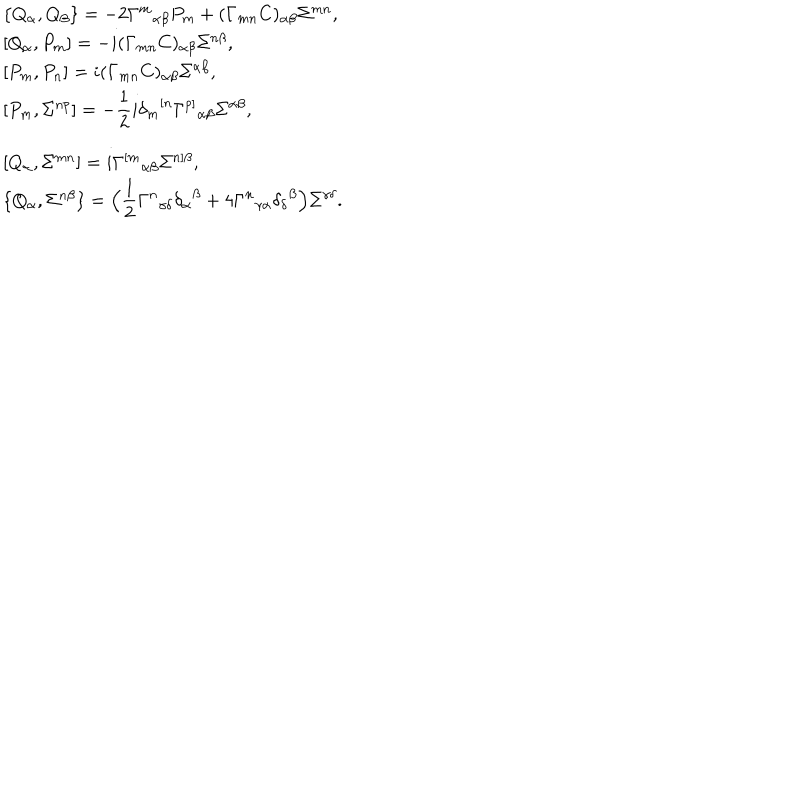
\begin{array} { l } { { \{ Q _ { \alpha } , Q _ { \beta } \} = - 2 { \Gamma ^ { m } } _ { \alpha \beta } P _ { m } + ( \Gamma _ { m n } C ) _ { \alpha \beta } \Sigma ^ { m n } , } } \\ { { { } [ Q _ { \alpha } , P _ { m } ] = - i ( \Gamma _ { m n } C ) _ { \alpha \beta } \Sigma ^ { n \beta } , } } \\ { { { } [ P _ { m } , P _ { n } ] = i ( \Gamma _ { m n } C ) _ { \alpha \beta } \Sigma ^ { \alpha \beta } , } } \\ { { { } [ P _ { m } , \Sigma ^ { n p } ] = - \displaystyle \frac 1 2 i { \delta _ { m } } ^ { [ n } \Gamma ^ { p ] } { } _ { \alpha \beta } \Sigma ^ { \alpha \beta } , } } \\ { { { } [ Q _ { \alpha } , \Sigma ^ { m n } ] = i \Gamma ^ { [ m } { } _ { \alpha \beta } \Sigma ^ { n ] \beta } , } } \\ { { \{ Q _ { \alpha } , \Sigma ^ { n \beta } \} = \Big ( \displaystyle \frac 1 2 { \Gamma ^ { n } } _ { \gamma \delta } { \delta _ { \alpha } } ^ { \beta } + 4 { \Gamma ^ { n } } _ { \gamma \alpha } { \delta _ { \delta } } ^ { \beta } \Big ) \Sigma ^ { \gamma \delta } . } } \\ \end{array}